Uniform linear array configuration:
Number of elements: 4
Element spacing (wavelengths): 0.5
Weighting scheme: blackman
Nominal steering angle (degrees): -60
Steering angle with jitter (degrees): -59.866
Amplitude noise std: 0.05
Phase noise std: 0.05

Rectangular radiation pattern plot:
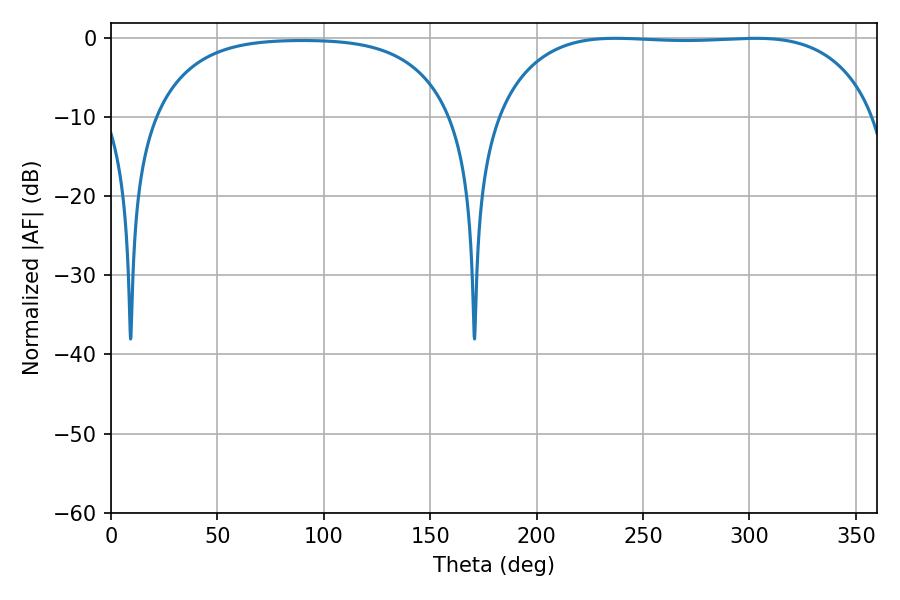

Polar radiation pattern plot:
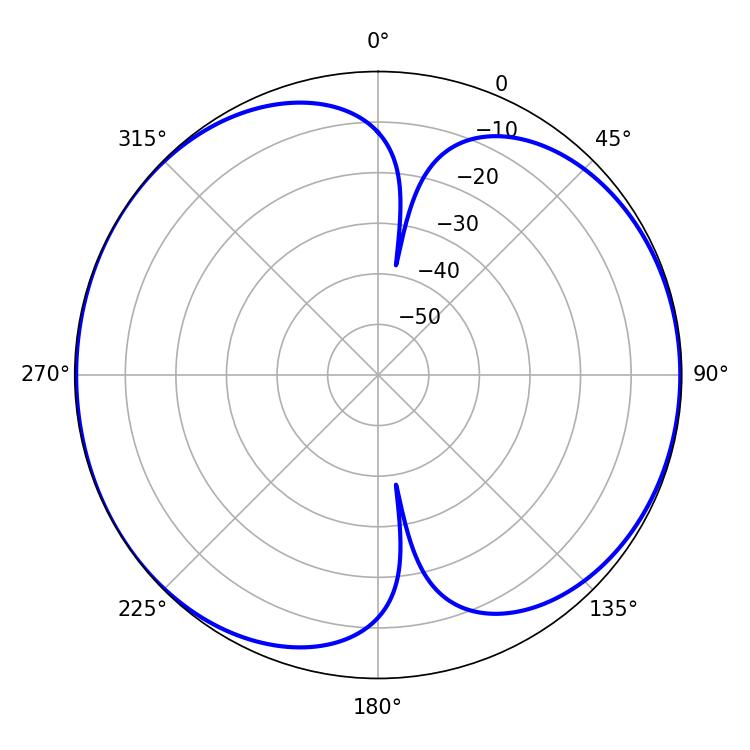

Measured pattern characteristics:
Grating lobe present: FALSE
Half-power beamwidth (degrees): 140.04
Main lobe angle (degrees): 237.06